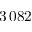
3 \, 0 8 2